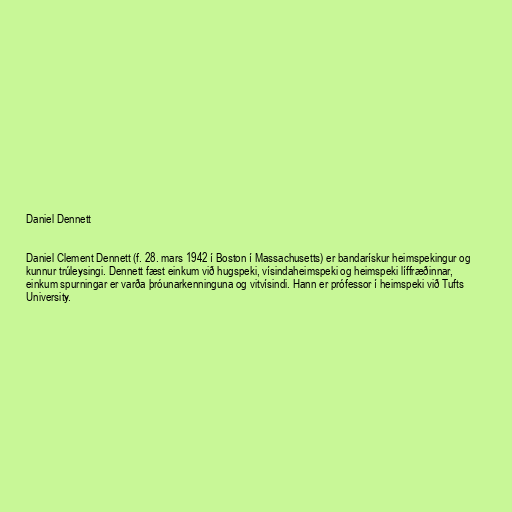
Daniel Dennett

Daniel Clement Dennett (f. 28. mars 1942 í Boston í Massachusetts) er bandarískur heimspekingur og
kunnur trúleysingi. Dennett fæst einkum við hugspeki, vísindaheimspeki og heimspeki líffræðinnar,
einkum spurningar er varða þróunarkenninguna og vitvísindi. Hann er prófessor í heimspeki við Tufts
University.